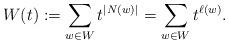
LaTeX: \begin{align*}W(t) := \sum_{w \in W} t^{|N(w)|} = \sum_{w \in W} t^{\ell(w)}.\end{align*}